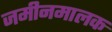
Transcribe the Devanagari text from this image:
जमीनमालक